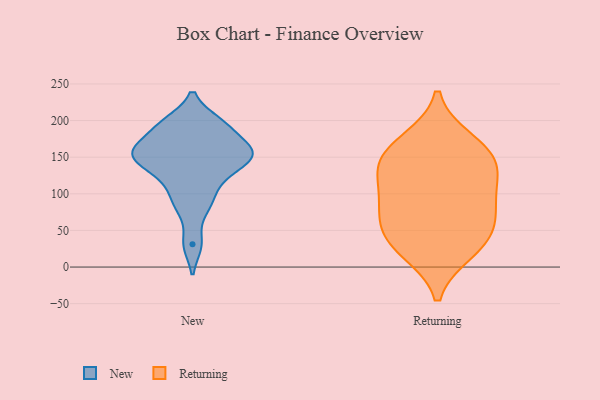
{"axis": {"x": "Population (Million)", "y": "Value"}, "legend": ["New", "Returning"], "data": [{"x": "", "y": 81, "type": "New"}, {"x": "", "y": 148, "type": "New"}, {"x": "", "y": 156, "type": "New"}, {"x": "", "y": 128, "type": "New"}, {"x": "", "y": 31, "type": "New"}, {"x": "", "y": 149, "type": "New"}, {"x": "", "y": 198, "type": "New"}, {"x": "", "y": 160, "type": "New"}, {"x": "", "y": 123, "type": "New"}, {"x": "", "y": 155, "type": "New"}, {"x": "", "y": 188, "type": "New"}, {"x": "", "y": 96, "type": "New"}, {"x": "", "y": 167, "type": "New"}, {"x": "", "y": 197, "type": "New"}, {"x": "", "y": 78, "type": "Returning"}, {"x": "", "y": 22, "type": "Returning"}, {"x": "", "y": 144, "type": "Returning"}, {"x": "", "y": 62, "type": "Returning"}, {"x": "", "y": 105, "type": "Returning"}, {"x": "", "y": 83, "type": "Returning"}, {"x": "", "y": 139, "type": "Returning"}, {"x": "", "y": 162, "type": "Returning"}, {"x": "", "y": 38, "type": "Returning"}, {"x": "", "y": 31, "type": "Returning"}, {"x": "", "y": 172, "type": "Returning"}, {"x": "", "y": 130, "type": "Returning"}]}